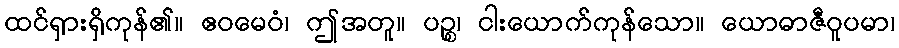
ထင်ရှားရှိကုန်၏။ ဧဝမေဝံ၊ ဤအတူ။ ပဉ္စ၊ ငါးယောက်ကုန်သော။ ယောဓာဇီဝူပမာ၊